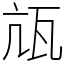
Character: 㼚